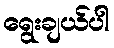
ရွေးချယ်ပါ